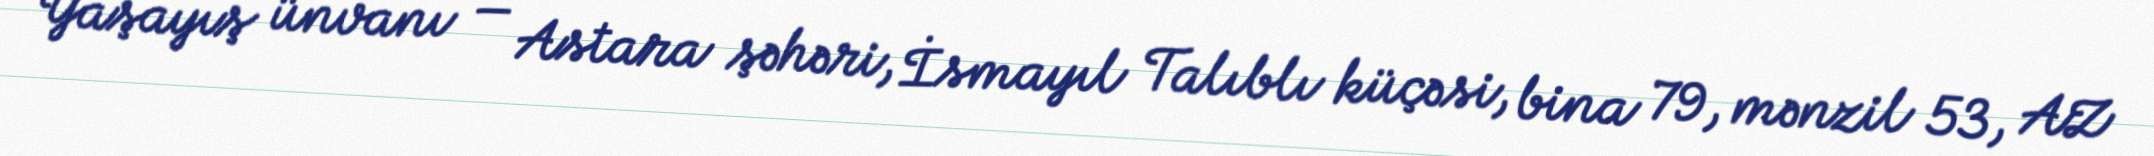
Yaşayış ünvanı — Astara şəhəri, İsmayıl Talıblı küçəsi, bina 79, mənzil 53, AZ